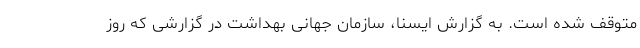
متوقف شده است. به گزارش ایسنا، سازمان جهانی بهداشت در گزارشی که روز